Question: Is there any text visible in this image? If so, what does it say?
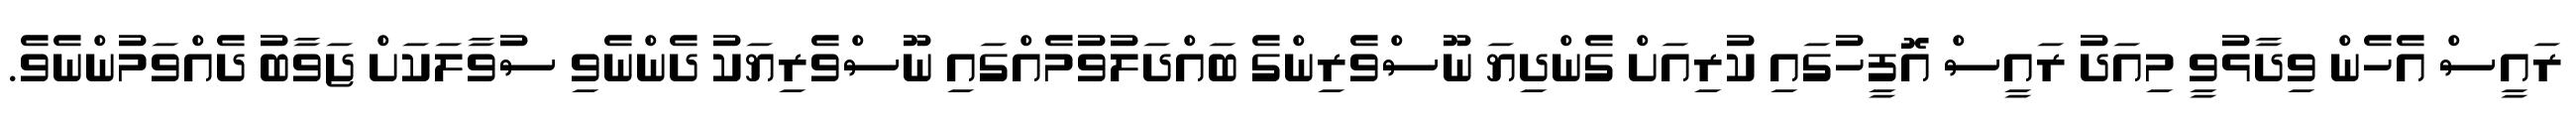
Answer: ރައީސް އެހެން ވިދާޅުވީ މިއަދު ރައީސް އޮފީހުގައި ކުރިއަށް ގެންދިޔަ ނޫސްވެރިންގެ ބައްދަލުވުމެއްގައި ނޫސްވެރިޔަކު ދެންނެވި ސުވާލަކަށް ޖަވާބު ދެއްވަމުންނެވެ.